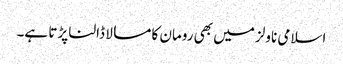
اسلامی ناولز میں بھی رومان کا مسالا ڈالنا پڑتا ہے۔